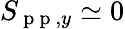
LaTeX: S_{\mathrm{~p~p~},y}\simeq 0